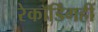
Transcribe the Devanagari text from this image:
रेकॉर्डिंगही